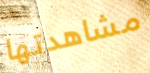
مشاهدتها